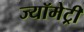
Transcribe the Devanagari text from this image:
ज्यॉमेट्री